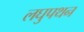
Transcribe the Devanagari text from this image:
लघुपथन